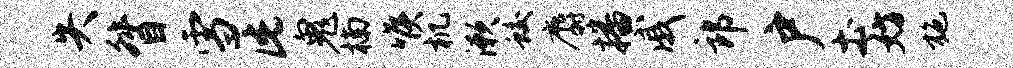
失督雪此鬼楠喉机漱蛟麝播戚郎户土妨施